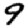
Digit: 9